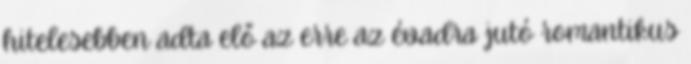
hitelesebben adta elő az erre az évadra jutó romantikus